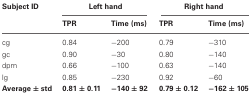
| Subject ID | <COLSPAN=2> Left hand | <COLSPAN=2> Right hand |
 |  | TPR | Time (ms) | TPR | Time (ms) |
 | --- | --- | --- | --- | --- |
 | cg | 0.84 | −200 | 0.79 | −310 |
 | gc | 0.90 | −30 | 0.80 | −140 |
 | dpm | 0.66 | −100 | 0.63 | −140 |
 | lg | 0.85 | −230 | 0.92 | −60 |
 | Average ± std | 0.81 ± 0.11 | −140 ± 92 | 0.79 ± 0.12 | −162 ± 105 |